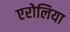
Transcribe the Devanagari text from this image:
एरोलिया